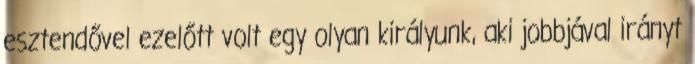
esztendővel ezelőtt volt egy olyan királyunk, aki jobbjával irányt